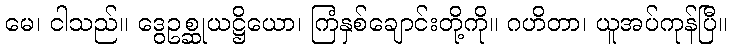
မေ၊ ငါသည်။ ဒွေဥစ္ဆုယဋ္ဌိယော၊ ကြံနှစ်ချောင်းတို့ကို။ ဂဟိတာ၊ ယူအပ်ကုန်ပြီ။